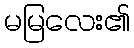
မမြလေး၏